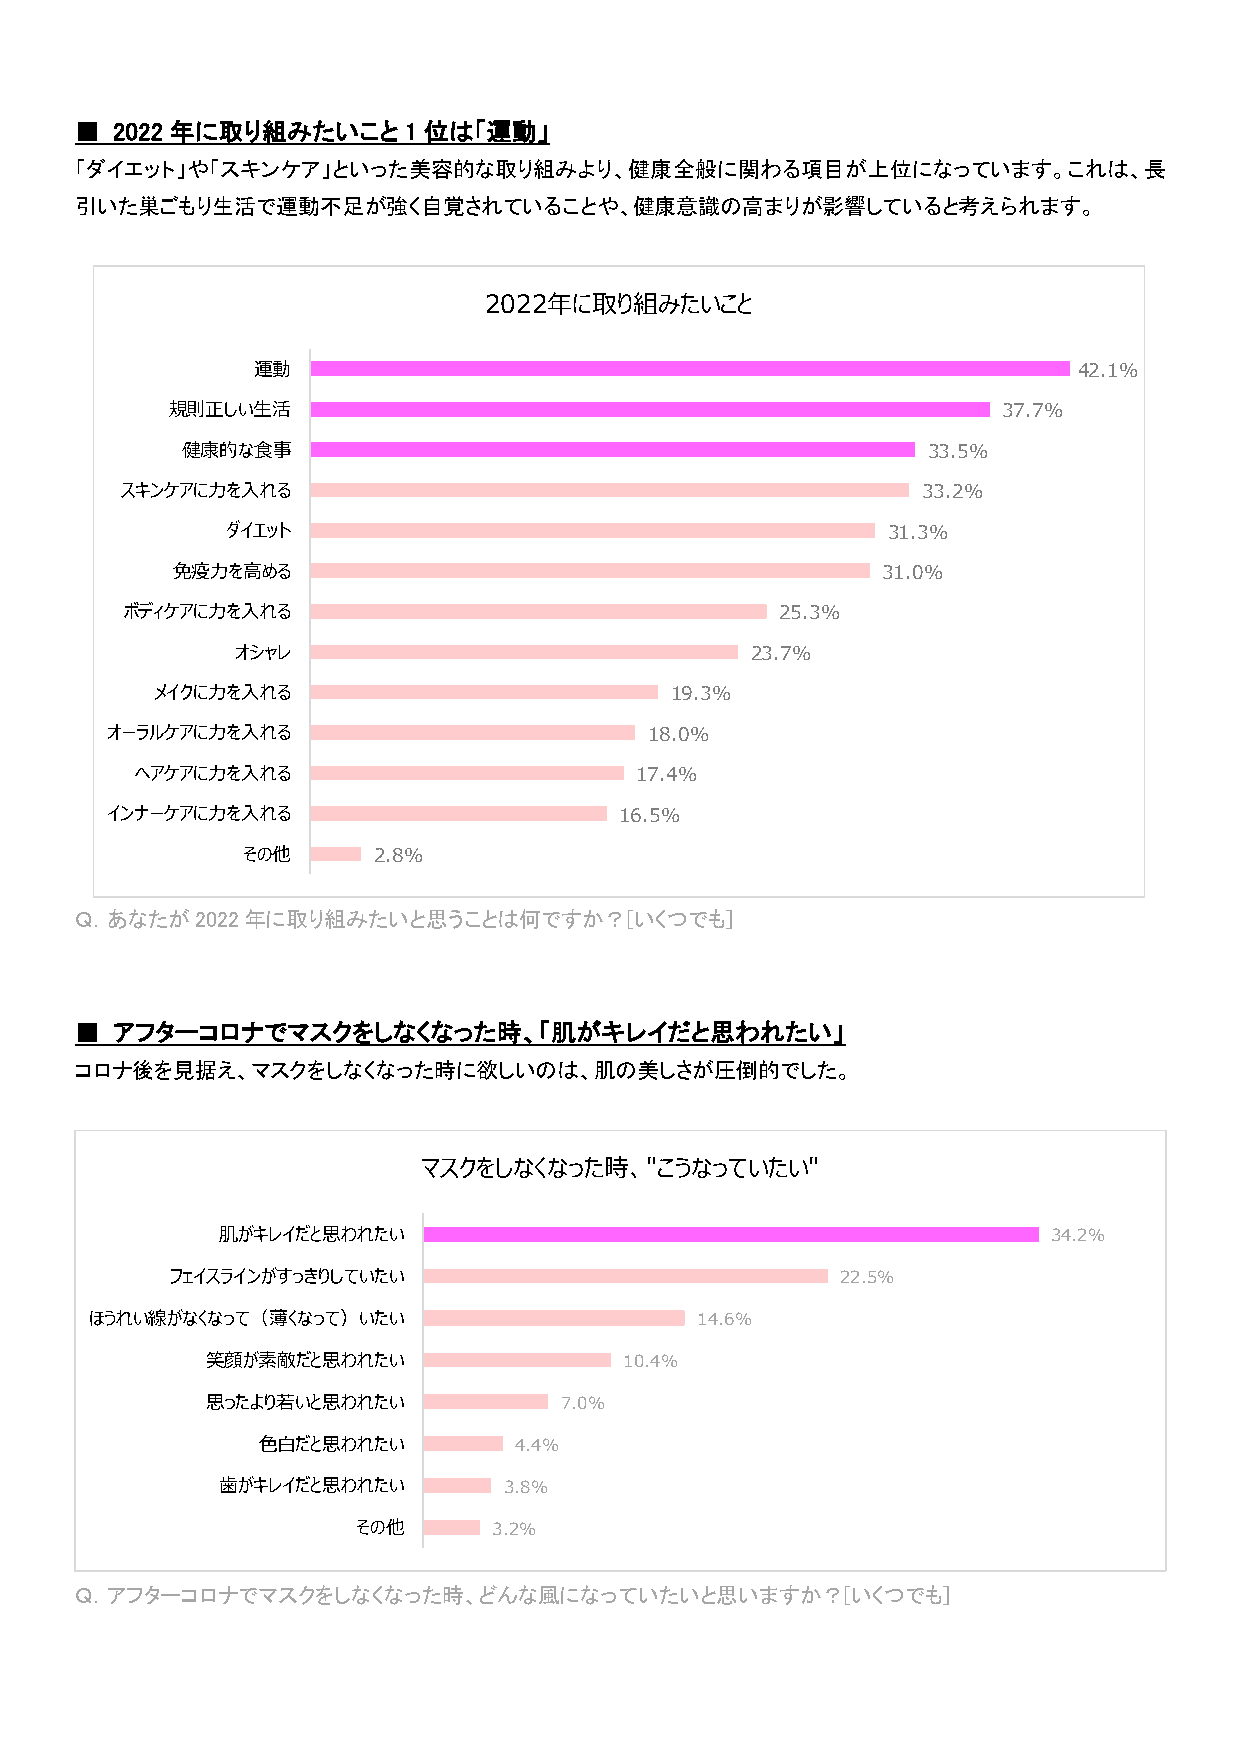
■ 2022 年に取り組みたいこと     1 位は「運動」
 「ダイエット」や「スキンケア」といった美容的な取り組みより、健康全般に関わる項目が上位になっています。これは、長
 引いた巣ごもり生活で運動不足が強く自覚されていることや、健康意識の高まりが影響していると考えられます。
 2022年に取り組みたいこと
 運動                                                    42.1%
 規則正しい生活                                                37.7%
 健康的な食事                                           33.5%
 スキンケアに力を入れる                                          33.2%
 ダイエット                                       31.3%
 免疫力を高める                                        31.0%
 ボディケアに力を入れる                                 25.3%
 オシャレ                              23.7%
 メイクに力を入れる                         19.3%
 オーラルケアに力を入れる                        18.0%
 ヘアケアに力を入れる                       17.4%
 インナーケアに力を入れる                      16.5%
 その他      2.8%
 Ｑ．あなたが2022年に取り組みたいと思うことは何ですか？[いくつでも]
 ■ アフターコロナでマスクをしなくなった時、「肌がキレイだと思われたい」
 コロナ後を見据え、マスクをしなくなった時に欲しいのは、肌の美しさが圧倒的でした。
 マスクをしなくなった時、"こうなっていたい"
 肌がキレイだと思われたい                                           34.2%
 フェイスラインがすっきりしていたい                            22.5%
 ほうれい線がなくなって（薄くなって）いたい                   14.6%
 笑顔が素敵だと思われたい               10.4%
 思ったより若いと思われたい          7.0%
 色白だと思われたい        4.4%
 歯がキレイだと思われたい      3.8%
 その他      3.2%
 Ｑ．アフターコロナでマスクをしなくなった時、どんな風になっていたいと思いますか？[いくつでも]